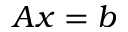
A x = b